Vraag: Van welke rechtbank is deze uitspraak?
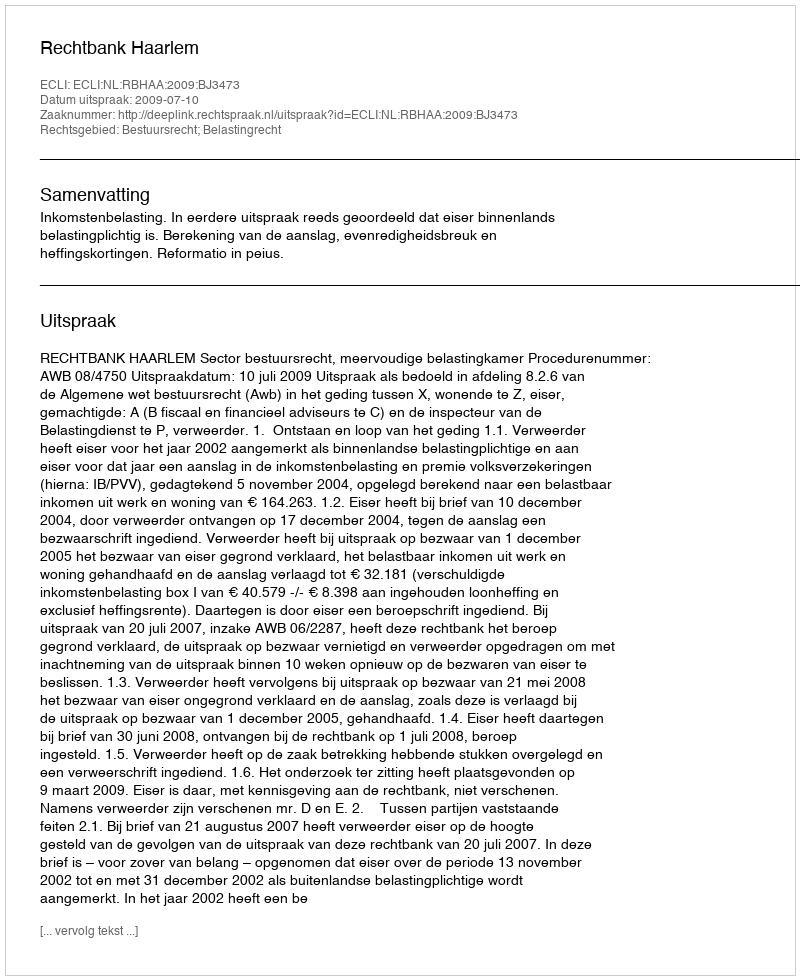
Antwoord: Rechtbank Haarlem